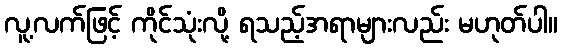
လူ့လက်ဖြင့် ကိုင်သုံးလို့ ရသည့်အရာများလည်း မဟုတ်ပါ။